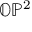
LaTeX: \mathbb { O P } ^ { 2 }